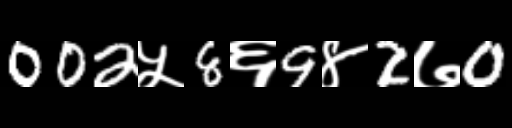
Text: 002५8६9४2७0